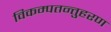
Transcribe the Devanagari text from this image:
विकम्पतन्तुहरण